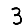
Digit: 3